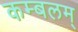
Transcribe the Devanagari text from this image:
कम्बलम्